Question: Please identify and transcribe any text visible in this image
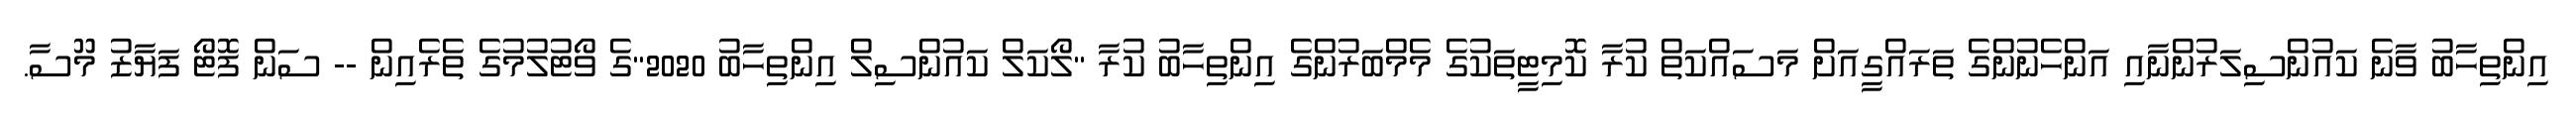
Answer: އިންތިހާބު ވާނެ ކައުންސިލަރުންނާއި އަންހެނުންގެ ތަރައްގީއަށް މަސައްކަތް ކުރާ ކޮމިޓީތަކުގެ މެމްބަރުންގެ އިންތިހާބު ކުރާ "ލޯކަލް ކައުންސިލް އިންތިހާބު 2020"ގެ ވޯޓުލުމުގެ ތެރެއިން -- ސަން ފޮޓޯ ފަޔާޒު މޫސާ.